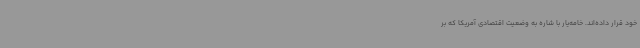
خود قرار داده‌اند. خامه‌یار با شاره به وضعیت اقتصادی آمریکا که بر